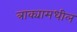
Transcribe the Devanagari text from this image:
त्राक्यामधील